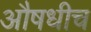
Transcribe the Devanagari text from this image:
औषधीच